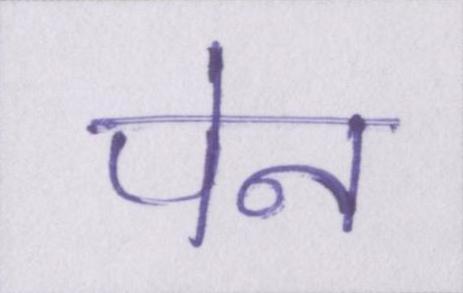
पेन